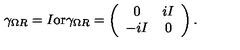
\gamma _ { \Omega R } = I \mathrm { o r } \gamma _ { \Omega R } = \left( \begin{array} { c c } { 0 } & { i I } \\ { - i I } & { 0 } \\ \end{array} \right) .